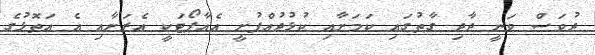
ދުވަސް ވަނީ ދާދި ގާތުގައި ކަމަށާއި ކުޅުދުއްފުށީ އެއާޕޯޓަކީ އެރަށާއި އެ އަތޮޅުގެ